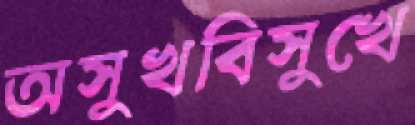
অসুখবিসুখে